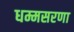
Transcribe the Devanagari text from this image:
धम्मसरणा